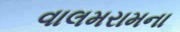
વાલમરામના